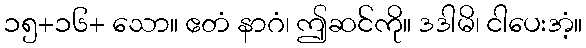
၁၅+၁၆+ သော။ ဧတံ နာဂံ၊ ဤဆင်ကို။ ဒဒါမိ၊ ငါပေးအံ့။